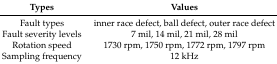
| Types | Values |
 | --- | --- |
 | Fault types | inner race defect, ball defect, outer race defect |
 | Fault severity levels | 7 mil, 14 mil, 21 mil, 28 mil |
 | Rotation speed | 1730 rpm, 1750 rpm, 1772 rpm, 1797 rpm |
 | Sampling frequency | 12 kHz |